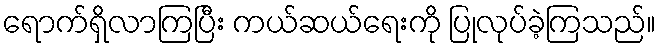
ရောက်ရှိလာကြပြီး ကယ်ဆယ်ရေးကို ပြုလုပ်ခဲ့ကြသည်။